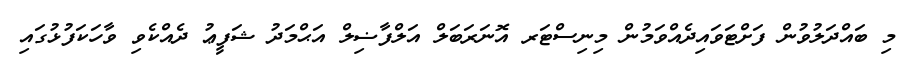
މި ބައްދަލުވުން ފަށްޓަވައިދެއްވަމުން މިނިސްޓަރ އޮނަރަބަލް އަލްފާޟިލް އަޙްމަދު ޝަފީޢު ދެއްކެވި ވާހަކަފުޅުގައި